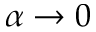
\alpha \to 0